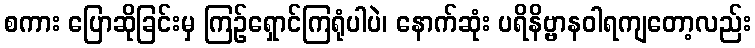
စကား ပြောဆိုခြင်းမှ ကြဉ်ရှောင်ကြရုံပါပဲ၊ နောက်ဆုံး ပရိနိဗ္ဗာနဝါရကျတော့လည်း